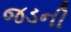
જડની